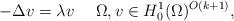
LaTeX: \begin{align*}-\Delta v=\lambda v\quad\ \Omega,v\in H_{0}^{1}(\Omega)^{O(k+1)},\end{align*}